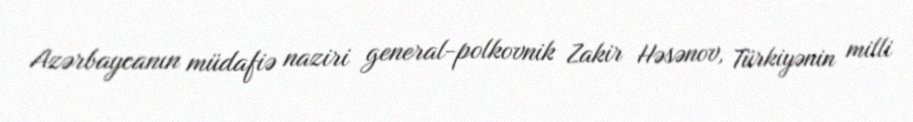
Azərbaycanın müdafiə naziri general-polkovnik Zakir Həsənov, Türkiyənin milli